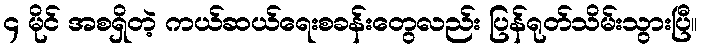
၄ မိုင် အစရှိတဲ့ ကယ်ဆယ်ရေးစခန်းတွေလည်း ပြန်ရုတ်သိမ်းသွားပြီ။